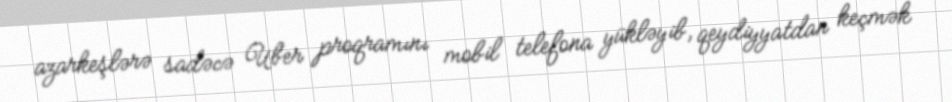
azarkeşlərə sadəcə Uber proqramını mobil telefona yükləyib, qeydiyyatdan keçmək